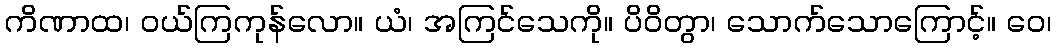
ကိဏာထ၊ ဝယ်ကြကုန်လော။ ယံ၊ အကြင်သေကို။ ပိဝိတွာ၊ သောက်သောကြောင့်။ ဝေ၊